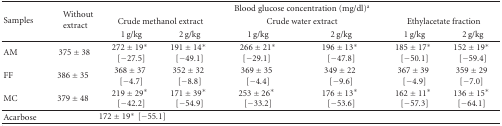
<table><thead><tr><td rowspan="3"><b>Samples</b></td><td rowspan="3"><b>Without extract</b></td><td></td><td></td><td colspan="2"><b>Blood glucose concentration (mg/dl)<sup>a</sup></b></td><td></td><td></td></tr><tr><td colspan="2"><b>Crude methanol extract</b></td><td colspan="2"><b>Crude water extract</b></td><td colspan="2"><b>Ethylacetate fraction</b></td></tr><tr><td><b> 1 g/kg</b></td><td><b> 2 g/kg</b></td><td><b> 1 g/kg</b></td><td><b> 2 g/kg</b></td><td><b> 1 g/kg</b></td><td><b> 2 g/kg </b></td></tr></thead><tbody><tr><td> AM</td><td>375 ± 38</td><td>272 ± 19*[−27.5]</td><td>191 ± 14*[−49.1]</td><td>266 ± 21*[−29.1]</td><td>196 ± 13*[−47.8]</td><td>185 ± 17*[−50.1]</td><td>152 ± 19*[−59.4]</td></tr><tr><td>FF</td><td>386 ± 35</td><td>368 ± 37[−4.7]</td><td>352 ± 32[−8.8]</td><td>369 ± 35[−4.4]</td><td>349 ± 22[−9.6]</td><td>367 ± 39[−4.9]</td><td>359 ± 29[−7.0]</td></tr><tr><td>MC</td><td>379 ± 48</td><td>219 ± 29*[−42.2]</td><td>171 ± 39*[−54.9]</td><td>253 ± 26*[−33.2]</td><td>176 ± 13*[−53.6]</td><td>162 ± 11*[−57.3]</td><td>136 ± 15*[−64.1]</td></tr><tr><td> Acarbose</td><td colspan="3">172 ± 19*[−55.1]</td></tr></tbody></table>